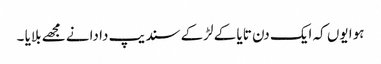
ہوا یوں کہ ایک دن تایا کے لڑکے سندیپ دا دانے مجھے بلایا ۔